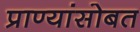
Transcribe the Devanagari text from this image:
प्राण्यांसोबत